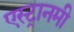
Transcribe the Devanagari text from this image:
एस्ट्रानमी